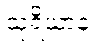
သုရိယာနံ